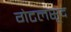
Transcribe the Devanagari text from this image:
गेटलसूद